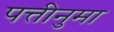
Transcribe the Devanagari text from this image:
पत्तीनुमा